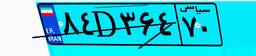
۶۴D۶۴۲۹۵